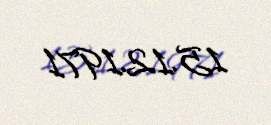
15.12.1971